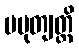
ပမုတျတ္ထိ